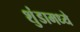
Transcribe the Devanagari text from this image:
शुंडामध्ये